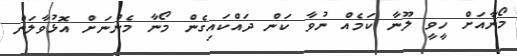
މޯނާއަށް ހީވީ ލޫނާ ކަމެއް ނުވާ ކަން ދައްކައިގެން މޯނާ މެންނަށް އޮޅުވާލަން